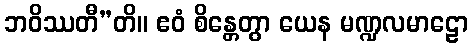
ဘဝိဿတီ”တိ။ ဧဝံ စိန္တေတွာ ယေန မဏ္ဍလမာဠော